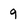
Character: 9